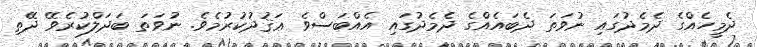
ދެމީހެއްގެ ދެމެދުގައި ނުވަތަ ދެބައެއްގެ ދެމެދުގައި އެއްބަސްވެ ޢަޤުދުކުރުމެވެ. ނުވަތަ ބަދަލްކުރެވޭ ދޭތި